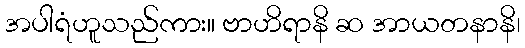
အပါရံဟူသည်ကား။ ဗာဟိရာနိ ဆ အာယတနာနိ၊